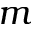
m